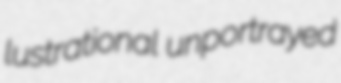
lustrational unportrayed